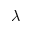
\lambda